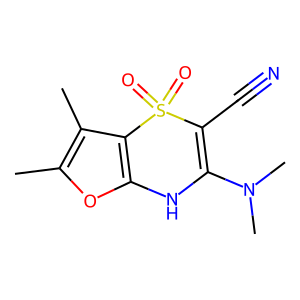
SMILES: Cc1oc2c(c1C)S(=O)(=O)C(C#N)=C(N(C)C)N2
Inhibits HIV replication: No